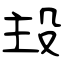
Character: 殶